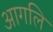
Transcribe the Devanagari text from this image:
आगलि